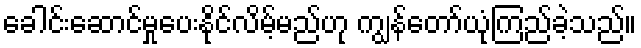
ခေါင်းဆောင်မှုပေးနိုင်လိမ့်မည်ဟု ကျွန်တော်ယုံကြည်ခဲ့သည်။